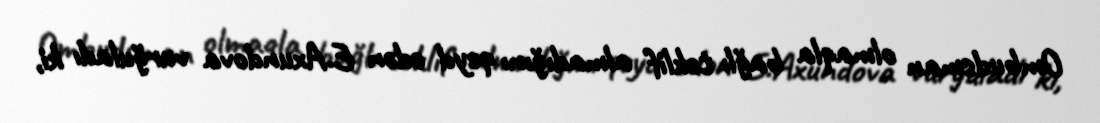
Ombudsman olmaqla bağlı təklif almadığını qeyd edən E.Axundova vurğuladı ki,